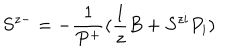
LaTeX: S ^ { z - } = - \frac { 1 } { P ^ { + } } ( \frac { 1 } { z } B + S ^ { z i } P _ { i } )